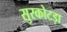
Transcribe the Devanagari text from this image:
सुरकोटड़ा